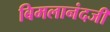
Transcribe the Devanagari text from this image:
बिमलानंदजी